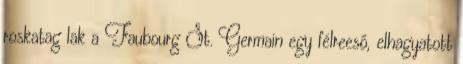
roskatag lak a Faubourg St. Germain egy félreeső, elhagyatott